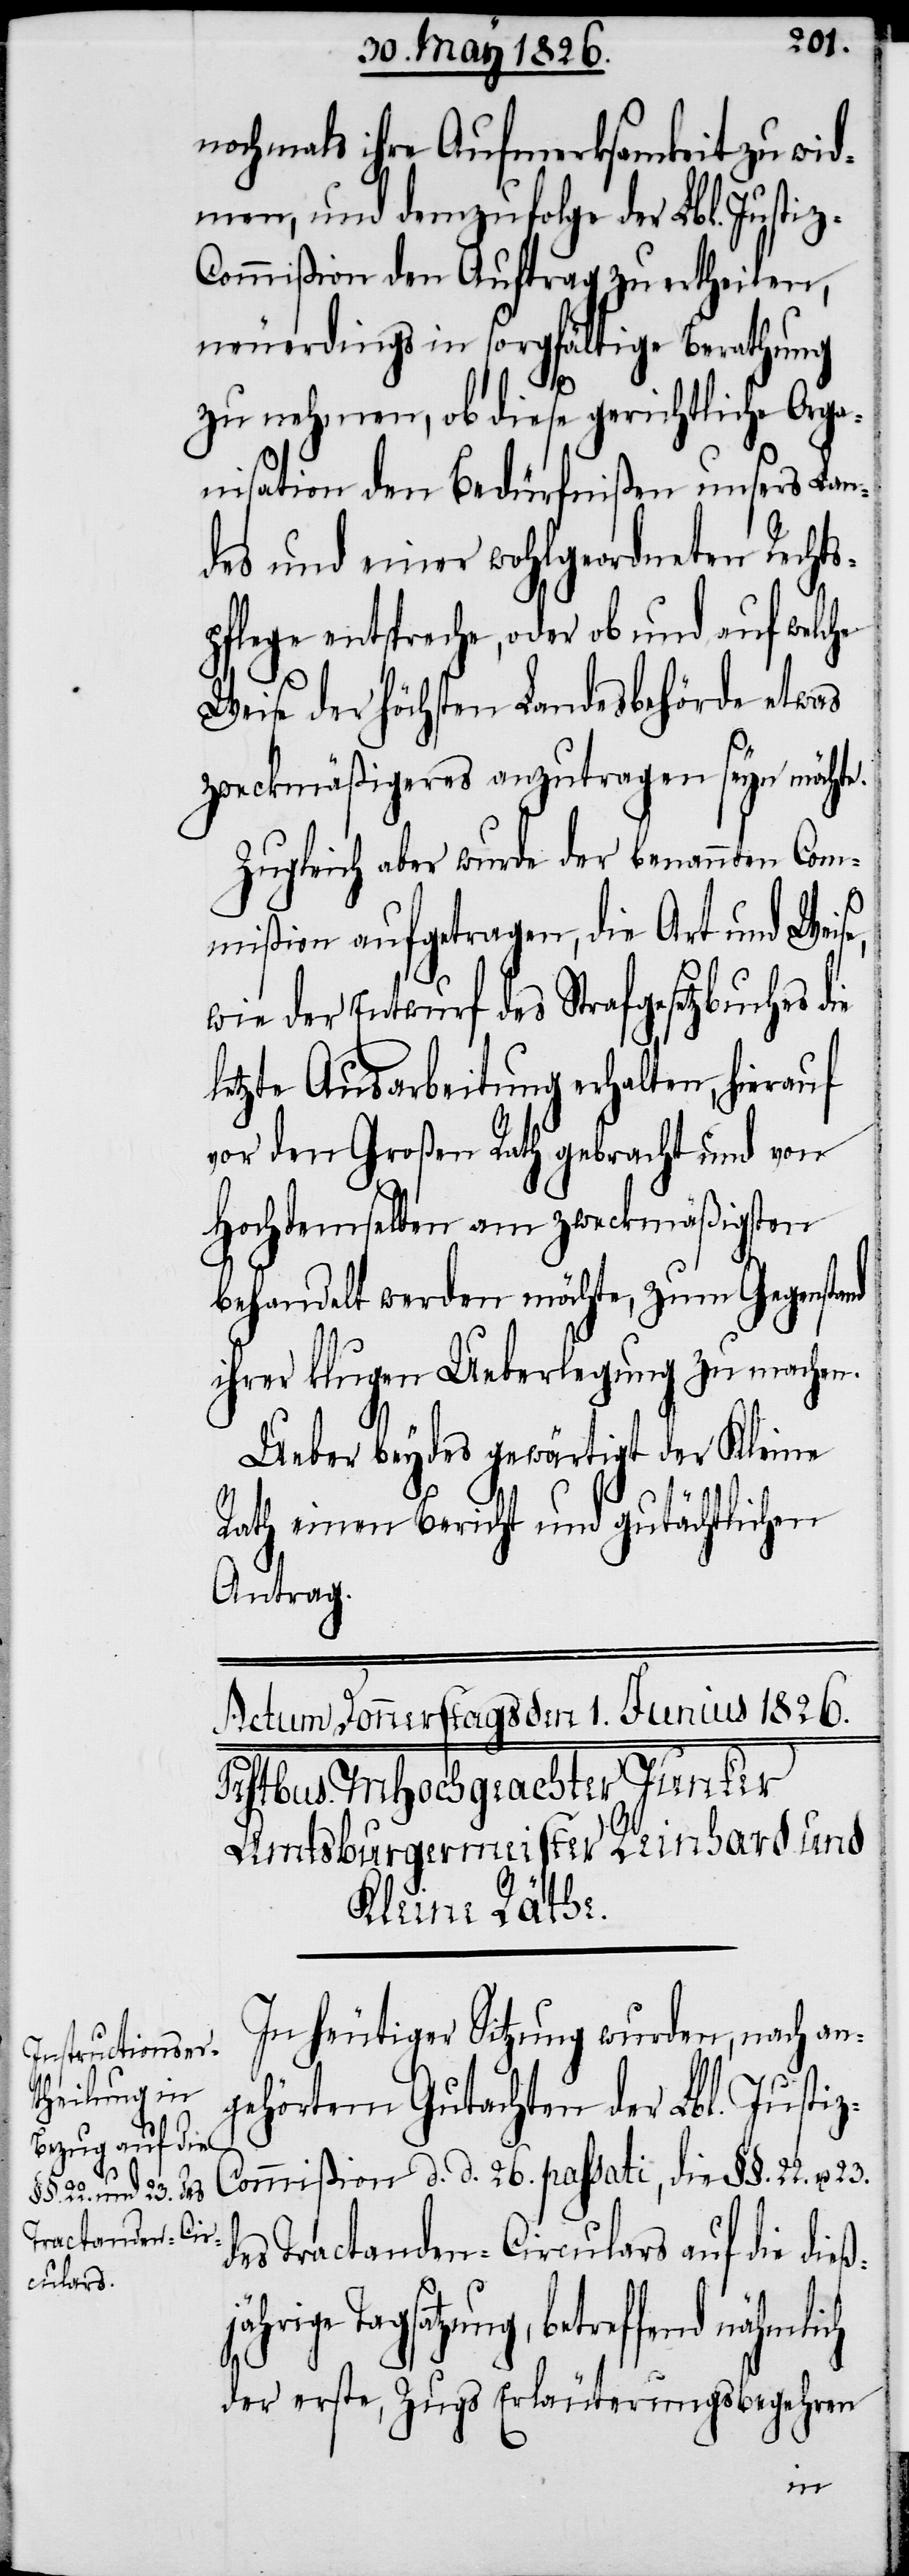
Instruction über

ist.
nochmals ihre Aufmerksamkeit zu wid¬
men, und demzufolge der Lbl. Justi¬
z-Commißion den Auftrag zu ertheilen,
neuerdings in sorgfältige Berathung
zu nehmen, ob diese gerichtliche Orga¬
nisation den Bedürfnißen unsers Lan¬
des und einer wohlgeordneten Rechts¬
pflege entspreche, oder ob und auf welche
Weise der höchsten Landesbehörde etwas
zweckmäßigeres anzutragen seyn möchte.
Zugleich aber wurde der benannten Com¬
mißion aufgetragen, die Art und Weise,
wie der Entwurf des Strafgesetzbuches
letzte Ausarbeitung erhalten, hierauf
vor den Großen Rath gebracht und von
Hochdemselben am zweckmäßigsten
behandelt werden möchte, zum Gegenstand
ihrer klugen Ueberlegung zu machen.
Ueber beydes gewärtigt der Kleine
Rath einen Bericht und gutächtlichen
Antrag.
In heutiger Sitzung wurden, nach an¬
gehörtem Gutachten der Lbl. Justiz-C¬
ommißion d. d. 26. passati, die §§. 22. u.
des Tractanden-Circulars auf die dieß¬
den Urkunden zu ersehen
der erste, Zugs Erläuterungsbegehren